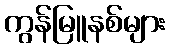
ကွန်မြူနစ်များ